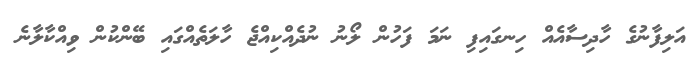
އަލިފާނުގެ ހާދިސާއެއް ހިނގައިފި ނަމަ ފަހުން ލޯނު ނުދެއްކިއްޖެ ހާލަތެއްގައި ބޭންކުން ވިއްކާލާނެ